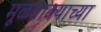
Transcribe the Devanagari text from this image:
मूळवाक्याच्या